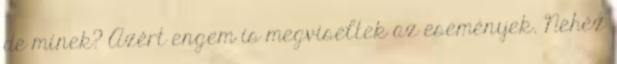
de minek? Azért engem is megviseltek az események. Nehéz